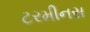
ટરમીનસ